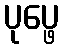
ပုပ္ဖေ